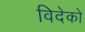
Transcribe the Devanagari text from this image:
विदेको